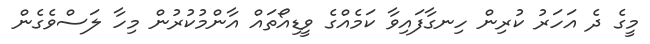
މީގެ ދެ އަހަރު ކުރިން ހިނގާފައިވާ ކަމެއްގެ ވީޑިއޯތައް އާންމުކުރުން މިހާ ލަސްވެގެން